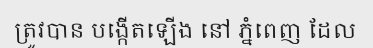
ត្រូវបាន បង្កើតឡើង នៅ ភ្នំពេញ ដែល